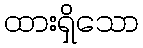
ထားရှိသော